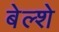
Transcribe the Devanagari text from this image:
बेल्शे